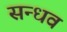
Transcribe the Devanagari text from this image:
सन्धव